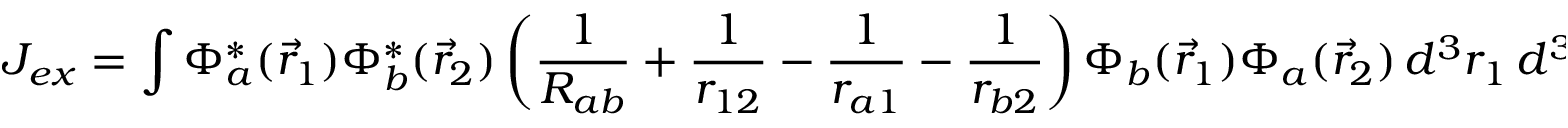
J _ { e x } = \int \Phi _ { a } ^ { * } ( { \vec { r } } _ { 1 } ) \Phi _ { b } ^ { * } ( { \vec { r } } _ { 2 } ) \left( { \frac { 1 } { R _ { a b } } } + { \frac { 1 } { r _ { 1 2 } } } - { \frac { 1 } { r _ { a 1 } } } - { \frac { 1 } { r _ { b 2 } } } \right) \Phi _ { b } ( { \vec { r } } _ { 1 } ) \Phi _ { a } ( { \vec { r } } _ { 2 } ) \, d ^ { 3 } r _ { 1 } \, d ^ { 3 } r _ { 2 }